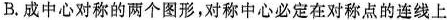
B.成中心对称的两个图形，对称中心必定在对称点的连线上